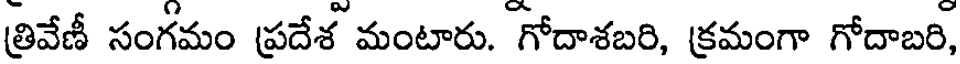
త్రివేణీ సంగమం ప్రదేశ మంటారు. గోదాశబరి, క్రమంగా గోదాబరి,